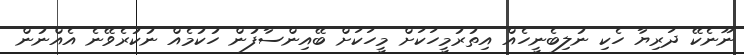
ނޫނެކޭ ދަރިޔާ ހެކި ނުލިބެނީހެއް އިތުރުމީހަކަށް މީހަކަށް ބޭއިންސާފުން ހުކުމެއް ނުކުރެވޭނެ އެއްނުން